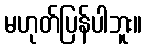
မဟုတ်ပြန်ပါဘူး။